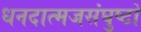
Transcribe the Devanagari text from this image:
धनदात्मजसंघुष्टो